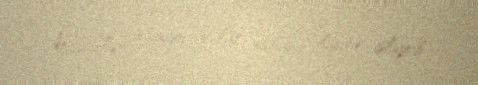
keçiriblər, o ağrı-acılar onların iliyinə işləyib.